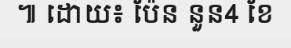
៕ ដោយ៖ ប៉ែន នួន4 ខែ